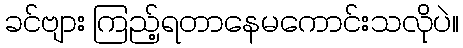
ခင်ဗျား ကြည့်ရတာနေမကောင်းသလိုပဲ။